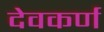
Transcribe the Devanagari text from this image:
देवकर्ण